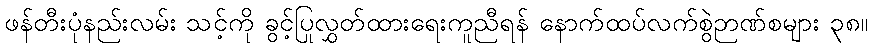
ဖန်တီးပုံနည်းလမ်း သင့်ကို ခွင့်ပြုလွှတ်ထားရေးကူညီရန် နောက်ထပ်လက်စွဲဉာဏ်စများ ၃၈။